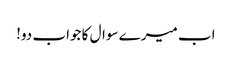
اب میرے سوال کا جواب دو!